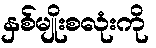
နှစ်မျိုးစလုံးကို